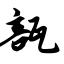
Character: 瓿